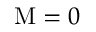
\mathrm { M } = 0